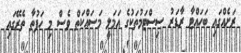
ރަށެއްގައި ބަހައްޓާ ރާޑަރު ސިސްޓަމުތަކުގެ އަމަލީ މަސައްކަތް ވެސް މި ހަފުތާ ތެރޭގައި